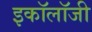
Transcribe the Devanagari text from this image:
इकाॅलाॅजी